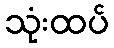
သုံးထပ်